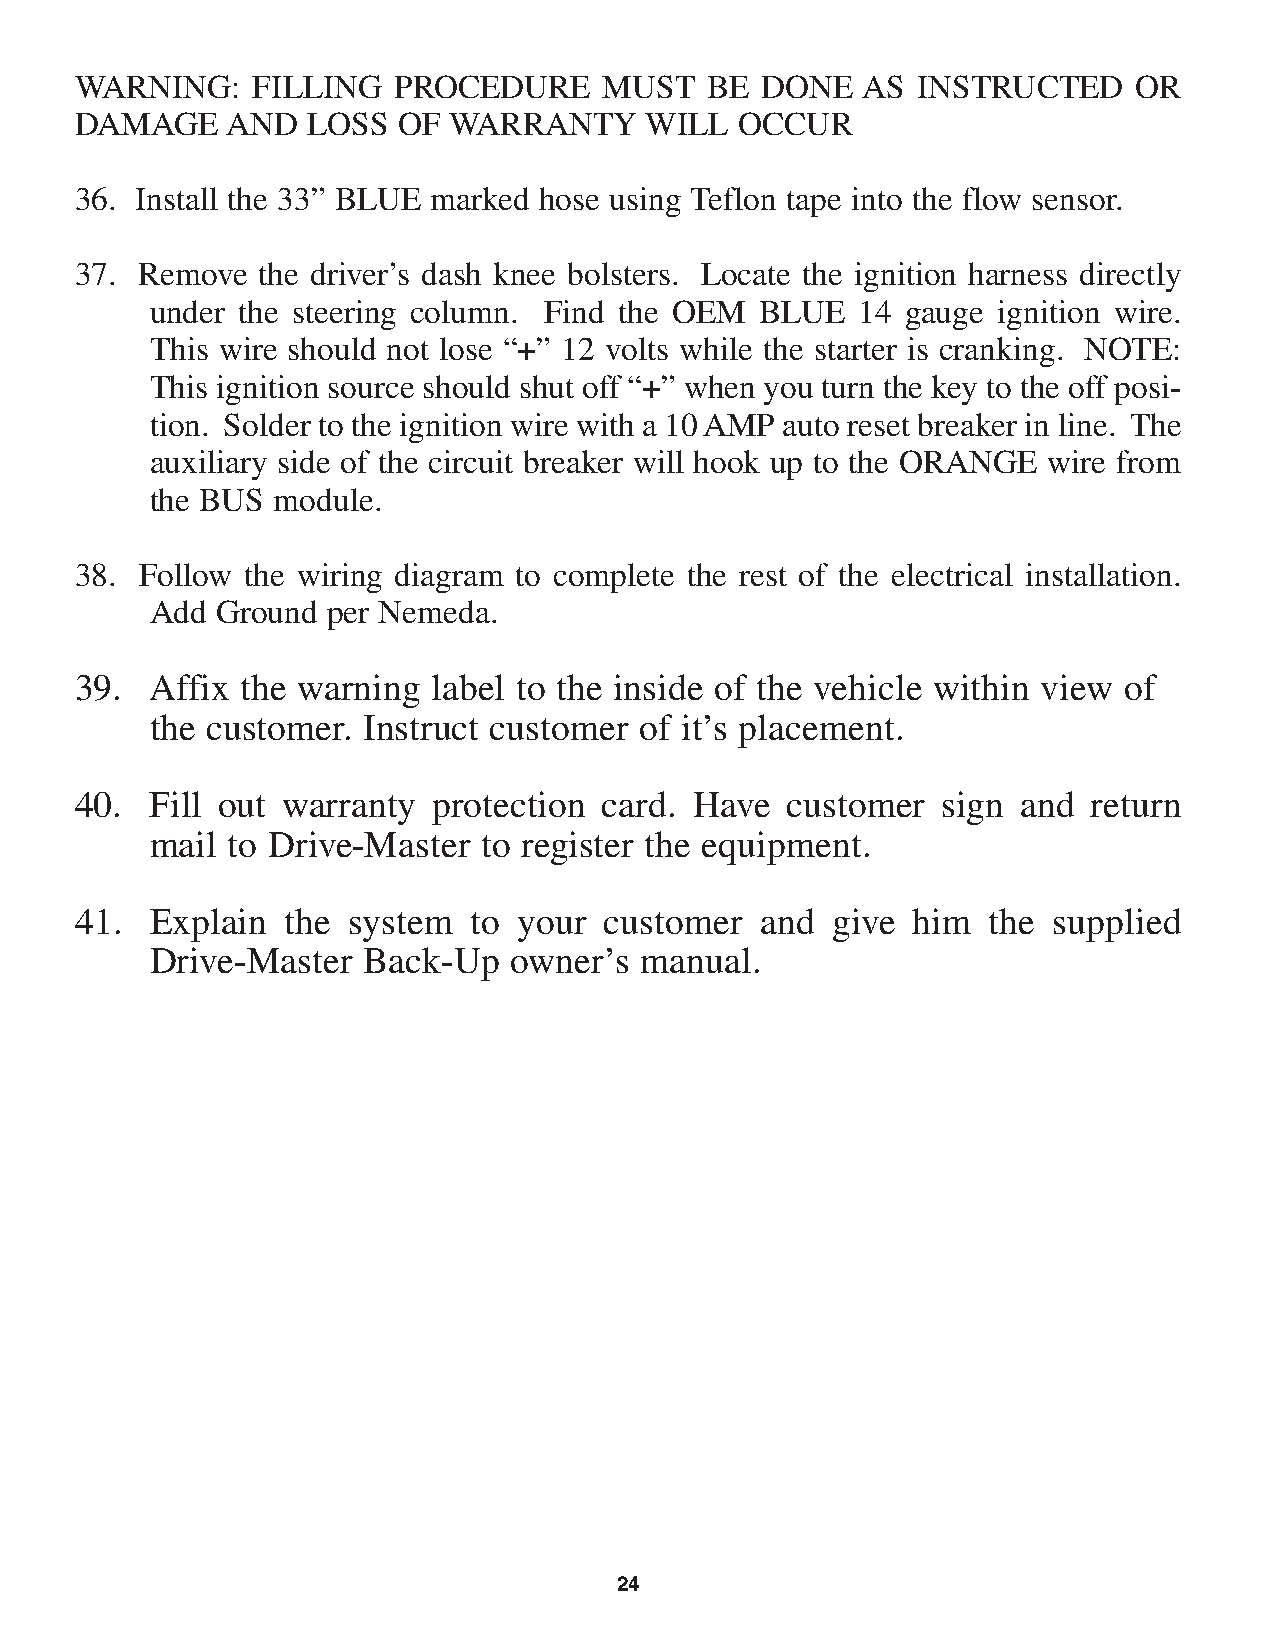
WARNING:    FILLING  PROCEDURE     MUST   BE DONE   AS  INSTRUCTED    OR
 DAMAGE    AND  LOSS  OF  WARRANTY     WILL  OCCUR
 36. Install the 33” BLUE marked hose using Teflon tape into the flow sensor.
 37. Remove  the driver’s dash knee bolsters. Locate the ignition harness directly
 under the steering column. Find the OEM BLUE   14 gauge ignition wire.
 This wire should not lose “+” 12 volts while the starter is cranking. NOTE:
 This ignition source should shut off “+” when you turn the key to the off posi-
 tion. Solder to the ignition wire with a 10 AMP auto reset breaker in line. The
 auxiliary side of the circuit breaker will hook up to the ORANGE wire from
 the BUS module.
 38. Follow the wiring diagram to complete the rest of the electrical installation.
 Add Ground  per Nemeda.
 39.  Affix the warning  label to the inside of the vehicle within view of
 the customer. Instruct customer of it’s placement.
 40.  Fill out warranty  protection card. Have  customer  sign  and return
 mail to Drive-Master  to register the equipment.
 41.  Explain  the system  to your  customer  and  give him   the supplied
 Drive-Master  Back-Up   owner’s manual.
 24